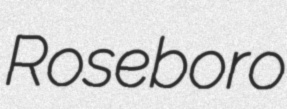
Roseboro